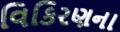
વિકિરણના